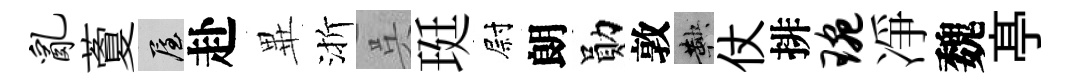
乱藑屋赴𭺾渐呉珽尉朗勛敦鞅仗排琬凈魏𠅘